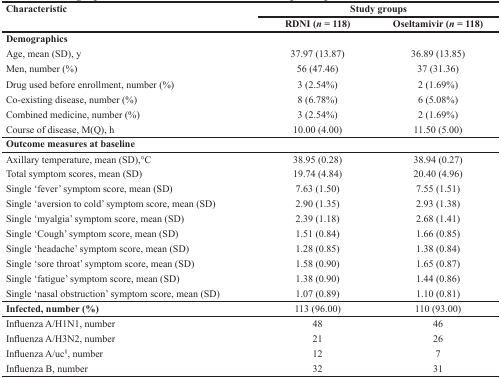
<table><thead><tr><td rowspan="2"><b>Characteristic</b></td><td colspan="2"><b>Study groups</b></td></tr><tr><td><b>RDNI (<i>n</i> = 118)</b></td><td><b>Oseltamivir (<i>n</i> = 118)</b></td></tr></thead><tbody><tr><td><b>Demographics</b></td><td></td><td></td></tr><tr><td>Age, mean (SD), y</td><td>37.97 (13.87)</td><td>36.89 (13.85)</td></tr><tr><td>Men, number (%)</td><td>56 (47.46)</td><td>37 (31.36)</td></tr><tr><td>Drug used before enrollment, number (%)</td><td>3 (2.54%)</td><td>2 (1.69%)</td></tr><tr><td>Co-existing disease, number (%)</td><td>8 (6.78%)</td><td>6 (5.08%)</td></tr><tr><td>Combined medicine, number (%)</td><td>3 (2.54%)</td><td>2 (1.69%)</td></tr><tr><td>Course of disease, M(Q), h</td><td>10.00 (4.00)</td><td>11.50 (5.00)</td></tr><tr><td colspan="3"><b>Outcome measures at baseline</b></td></tr><tr><td>Axillary temperature, mean (SD),°C</td><td>38.95 (0.28)</td><td>38.94 (0.27)</td></tr><tr><td>Total symptom scores, mean (SD)</td><td>19.74 (4.84)</td><td>20.40 (4.96)</td></tr><tr><td>Single ‘fever’ symptom score, mean (SD)</td><td>7.63 (1.50)</td><td>7.55 (1.51)</td></tr><tr><td>Single ‘aversion to cold’ symptom score, mean (SD)</td><td>2.90 (1.35)</td><td>2.93 (1.38)</td></tr><tr><td>Single ‘myalgia’ symptom score, mean (SD)</td><td>2.39 (1.18)</td><td>2.68 (1.41)</td></tr><tr><td>Single ‘Cough’ symptom score, mean (SD)</td><td>1.51 (0.84)</td><td>1.66 (0.85)</td></tr><tr><td>Single ‘headache’ symptom score, mean (SD)</td><td>1.28 (0.85)</td><td>1.38 (0.84)</td></tr><tr><td>Single ‘sore throat’ symptom score, mean (SD)</td><td>1.58 (0.90)</td><td>1.65 (0.87)</td></tr><tr><td>Single ‘fatigue’ symptom score, mean (SD)</td><td>1.38 (0.90)</td><td>1.44 (0.86)</td></tr><tr><td>Single ‘nasal obstruction’ symptom score, mean (SD)</td><td>1.07 (0.89)</td><td>1.10 (0.81)</td></tr><tr><td><b>Infected, number (%)</b></td><td>113 (96.00)</td><td>110 (93.00)</td></tr><tr><td>Influenza A/H1N1, number</td><td>48</td><td>46</td></tr><tr><td>Influenza A/H3N2, number</td><td>21</td><td>26</td></tr><tr><td>Influenza A/uc<sup>§</sup>, number</td><td>12</td><td>7</td></tr><tr><td>Influenza B, number</td><td>32</td><td>31</td></tr></tbody></table>